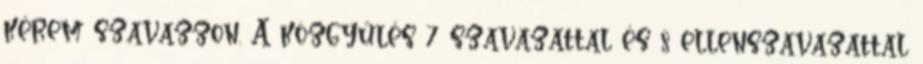
kérem szavazzon. A közgyűlés 7 szavazattal és 8 ellenszavazattal